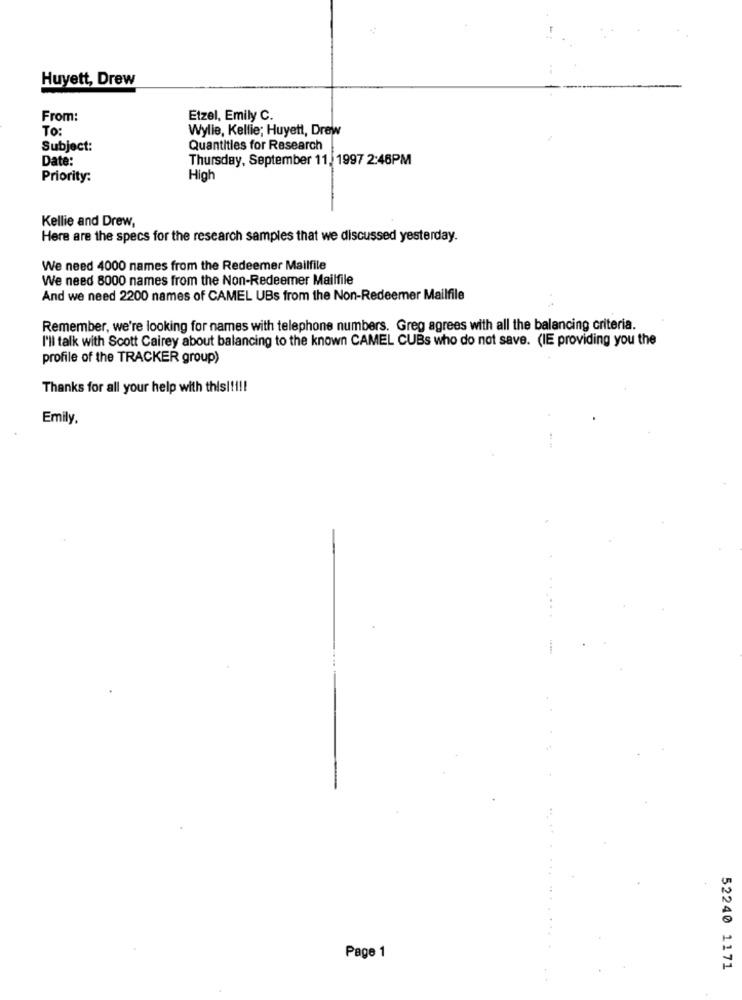
Huyett, Drew
From:
Etzel, Emily C.
To:
Wylie, Kellie; Huyett, Drew
Subject:
Quantities for Research
Date:
Thursday, September 11, 1997 2:46PM
Priority:
High
Kellie and Drew,
Here are the specs for the research samples that we discussed yesterday.
We need 4000 names from the Redeemer Mailfile
We need 8000 names from the Non-Redeemer Mailfile
And we need 2200 names of CAMEL UBs from the Non-Redeemer Mailfile
Remember, we're looking for names with telephone numbers. Greg agrees with all the balancing criteria.
I'll talk with Scott Cairey about balancing to the known CAMEL CUBs who do not save. (IE providing you the
profile of the TRACKER group)
Thanks for all your help with this !!!!!
Emily,
Page 1
52240 1171